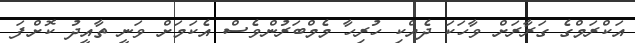
އަކްރަމްގެ ގަރާރަށް ވާހަކަ ދެއްކި ހުރިހާ މެމްބަރުންވެސް އެކަމަށް ވަނީ ތާއީދު ކޮށްފަ